Vaccination North-Western Provinces and Oudh 1878-1895 - 1878-1895
Year: 1878
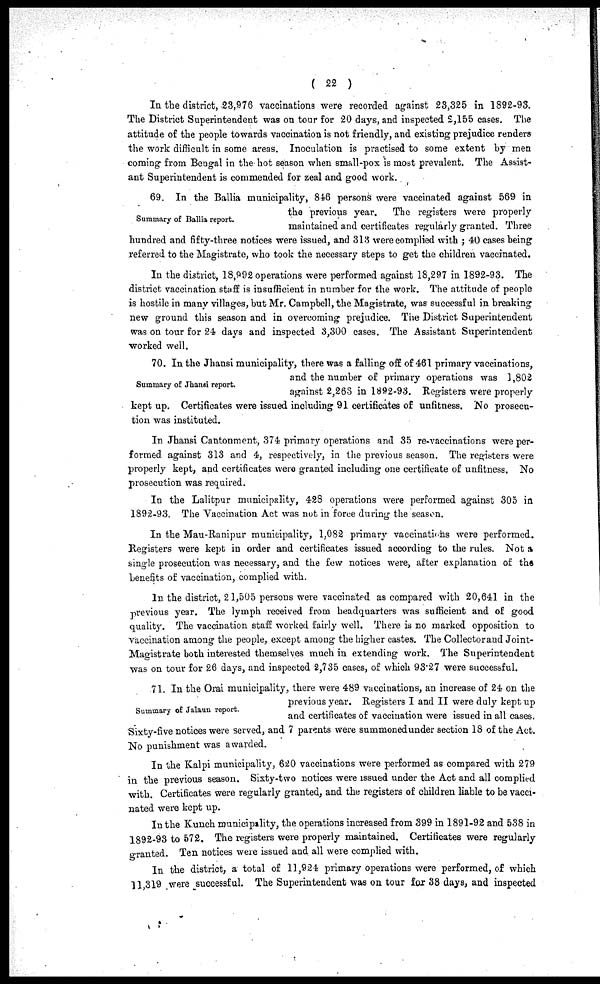
( 22 )
In the district, 23,976 vaccinations were recorded against 23,325 in 1892-93.
The District Superintendent was on tour for 20 days, and inspected 2,155 cases. The
attitude of the people towards vaccination is not friendly, and existing prejudice renders
the work difficult in some areas. Inoculation is practised to some extent by men
coming from Bengal in the hot season when small-pox is most prevalent. The Assist-
ant Superintendent is commended for zeal and good work.
Summary of Ballia report.
69. In the Ballia municipality, 846 persons were vaccinated against 569 in
the previous year.
The registers were properly
maintained and certificates regularly granted. Three
hundred and fifty-three notices were issued, and 313 were complied with ; 40 cases being
referred to the Magistrate, who took the necessary steps to get the children vaccinated.
In the district, 18,992 operations were performed against 18,297 in 1892-93. The
district vaccination staff is insufficient in number for the work. The attitude of people
is hostile in many villages, but Mr. Campbell, the Magistrate, was successful in breaking
new ground this season and in overcoming prejudice. The District Superintendent
was on tour for 24 days and inspected 3,300 cases. The Assistant Superintendent
worked well.
Summary of Jhansi report.
70. In the Jhansi municipality, there was a falling off of 461 primary vaccinations,
and the number of primary operations was 1,802
against 2,263 in 1892-93. Registers were properly
kept up. Certificates were issued including 91 certificates of unfitness. No prosecu-
tion was instituted.
In Jhansi Cantonment, 374 primary operations and 35 re-vaccinations were per-
formed against 313 and 4, respectively, in the previous season. The registers were
properly kept, and certificates were granted including one certificate of unfitness. No
prosecution was required.
In the Lalitpur municipality, 428 operations were performed against 305 in
1892-93. The Vaccination Act was not in force during the season.
In the Mau-Ranipur municipality, 1,082 primary vaccinations were performed.
Registers were kept in order and certificates issued according to the rules. Not a
single prosecution was necessary, and the few notices were, after explanation of the
benefits of vaccination, complied with.
In the district, 21,505 persons were vaccinated as compared with 20,641 in the
previous year. The lymph received from headquarters was sufficient and of good
quality. The vaccination staff worked fairly well. There is no marked opposition to
vaccination among the people, except among the higher castes. The Collector and Joint-
Magistrate both interested themselves much in extending work. The Superintendent
was on tour for 26 days, and inspected 2,735 cases, of which 93.27 were successful.
Summary of Jalaun report.
71. In the Orai municipality, there were 489 vaccinations, an increase of 24 on the
previous year. Registers I and II were duly kept up
and certificates of vaccination were issued in all cases.
Sixty-five notices were served, and 7 parents were summoned under section 18 of the Act.
No punishment was awarded.
In the Kalpi municipality, 620 vaccinations were performed as compared with 279
in the previous season. Sixty-two notices were issued under the Act and all complied
with. Certificates were regularly granted, and the registers of children liable to be vacci-
nated were kept up.
In the Kunch municipality, the operations increased from 399 in 1891-92 and 538 in
1892-93 to 572. The registers were properly maintained. Certificates were regularly
granted. Ten notices were issued and all were complied with.
In the district, a total of 11,924 primary operations were performed, of which
11,319 were successful. The Superintendent was on tour for 38 days, and inspected